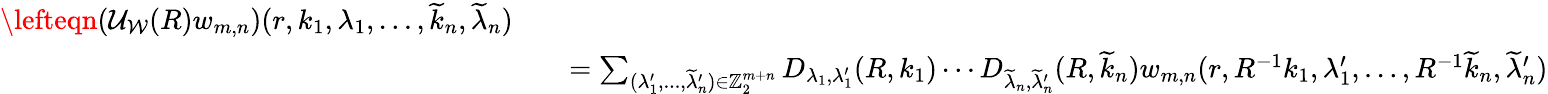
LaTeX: \begin{array}{rlr}{\lefteqn{\left(\mathcal{U}_{\mathcal{W}}(R)w_{m,n}\right)(r,k_{1},\lambda_{1},\ldots,\widetilde{k}_{n},\widetilde{\lambda}_{n})}}\\ &{}&{=\sum_{(\lambda_{1}^{\prime},...,\widetilde{\lambda}_{n}^{\prime})\in{\mathord{\mathbb Z}}_{2}^{m+n}}D_{\lambda_{1},\lambda_{1}^{\prime}}(R,k_{1})\cdots D_{\widetilde{\lambda}_{n},\widetilde{\lambda}_{n}^{\prime}}(R,\widetilde{k}_{n})w_{m,n}(r,R^{-1}k_{1},\lambda_{1}^{\prime},\ldots,R^{-1}\widetilde{k}_{n},\widetilde{\lambda}_{n}^{\prime})}\end{array}